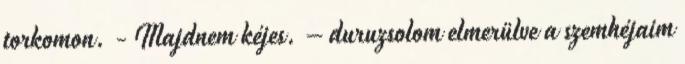
torkomon. - Majdnem kéjes. – duruzsolom elmerülve a szemhéjaim